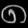
Digit: ၈